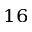
^ { 1 6 }